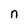
Character: n